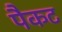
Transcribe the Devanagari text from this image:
पैकट